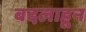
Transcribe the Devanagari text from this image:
बदलाहून